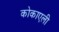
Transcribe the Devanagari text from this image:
कोकाएली